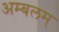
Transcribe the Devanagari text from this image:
अम्बलम्